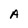
Character: A